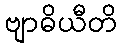
ဗျာဓိယီတိ